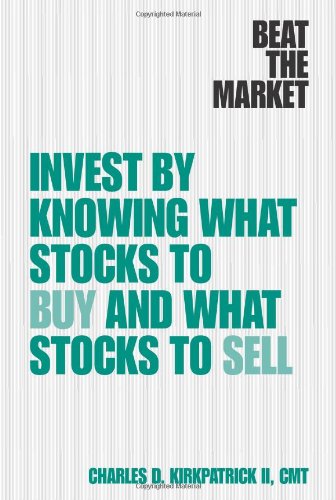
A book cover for Beat the Market: Invest by Knowing What Stocks to Buy and What Stocks to Sell; Charles D. Kirkpatrick II; Business & Money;